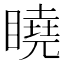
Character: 䁱